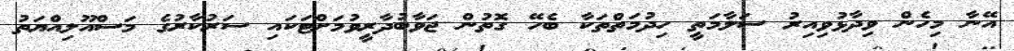
އޭނާ މިހެން ވިދާޅުވިއިރު ސަލާމަތީ ހިދުމަތްތަކާ ބެހޭ ގޮތުން ޖަވާބުދާރީވުމަށްޓަކައި ސަރުކާރުގެ މަސްއޫލިއްޔަތު